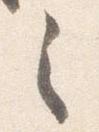
之